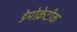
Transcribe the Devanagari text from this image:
डेेमोक्रेटीक